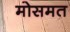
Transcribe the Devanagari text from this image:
मोसमत